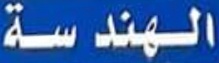
الهندسة